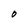
Character: O